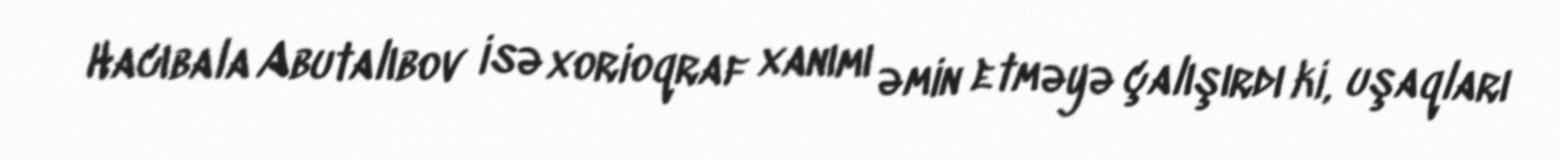
Hacıbala Abutalıbov isə xorioqraf xanımı əmin etməyə çalışırdı ki, uşaqları